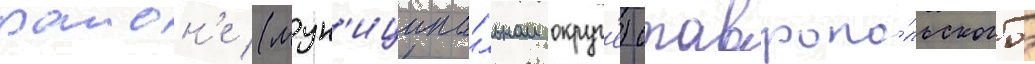
раион'е (мун'иципа́льном округ'е) ставропо́льского